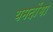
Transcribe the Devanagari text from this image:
यमदोंगा